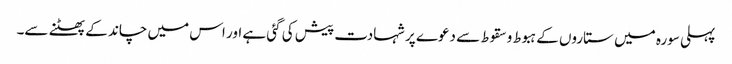
پہلی سورہ میں ستاروں کے ہبوط و سقوط سے دعوے پر شہادت پیش کی گئی ہے اور اس میں چاند کے پھٹنے سے۔